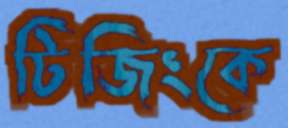
টিজিংকে